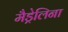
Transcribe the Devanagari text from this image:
मैड्रेलिना